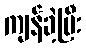
ကျန်ခဲ့ပြီး